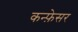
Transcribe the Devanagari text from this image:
कन्फ़ेसर